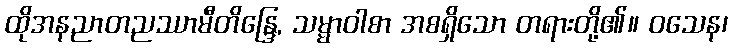
ထိုအနညာတညဿာမီတိန္ဒြေ, သမ္မာဝါစာ အစရှိသော တရားတို့၏။ ဝသေန၊